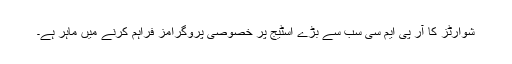
شوارٹز کا آر پی ایم سی سب سے بڑے اسٹیج پر خصوصی پروگرامز فراہم کرنے میں ماہر ہے۔